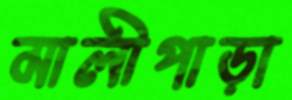
মালীপাড়া